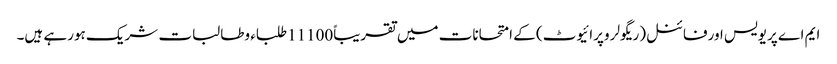
ایم اے پریویس اورفائنل(ریگولر وپرائیوٹ) کے امتحانات میں تقریباً11100طلباء وطالبات شریک ہورہے ہیں۔